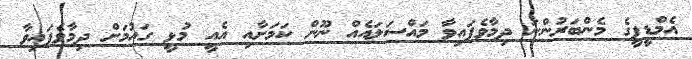
އެމްޑީޕީގެ މެންބަރުންނަ ދިމާވެފައިވާ މައްސަލައެއް ނޫން ކަމަށާއި އެއީ މުޅީ ގައުމަށް ދިމާވެފައިވާ